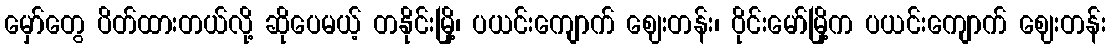
မှော်တွေ ပိတ်ထားတယ်လို့ ဆိုပေမယ့် တနိုင်းမြို့၊ ပယင်းကျောက် ဈေးတန်း၊ ဝိုင်းမော်မြို့က ပယင်းကျောက် ဈေးတန်း